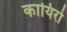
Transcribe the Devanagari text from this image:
कायिरो